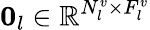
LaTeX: {\mathbf 0}_{l}\in\mathbb{R}^{N_{l}^{v}\times F_{l}^{v}}